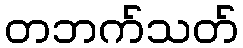
တဘက်သတ်